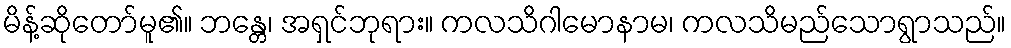
မိန့်ဆိုတော်မူ၏။ ဘန္တေ၊ အရှင်ဘုရား။ ကလသိဂါမောနာမ၊ ကလသိမည်သောရွာသည်။